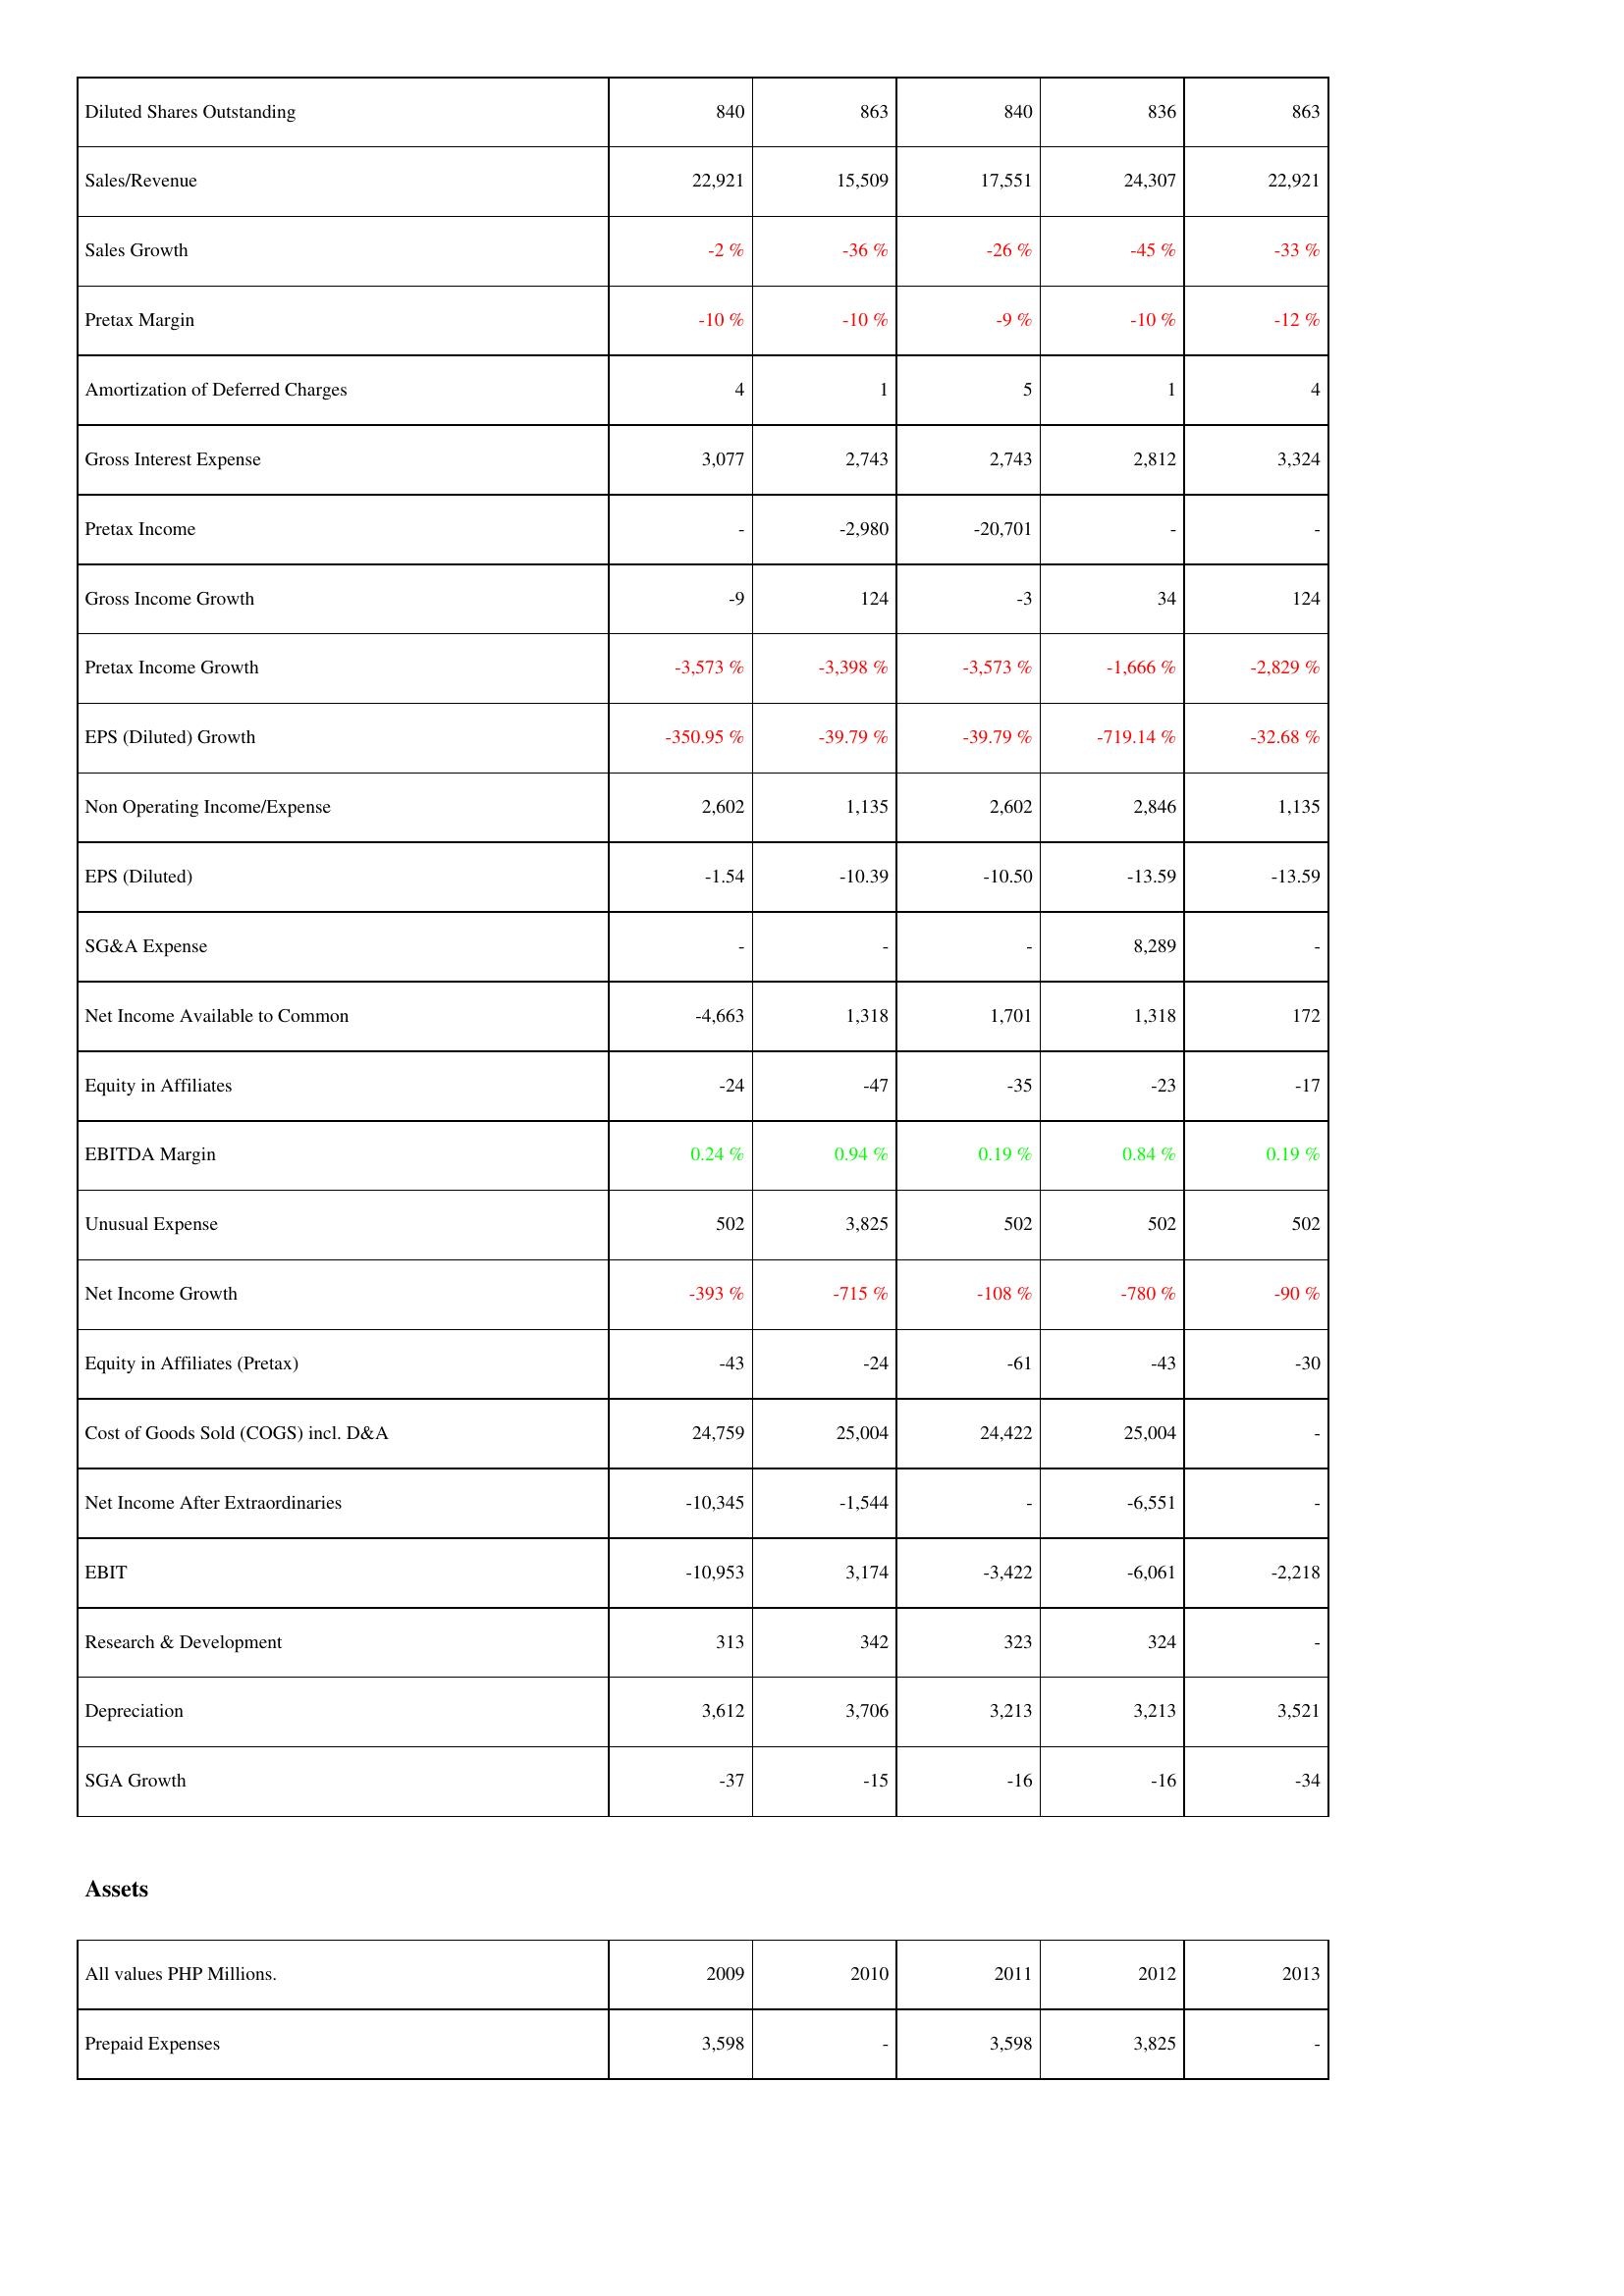
2009: Income Statement: Diluted Shares Outstanding: 840
Sales/Revenue: 22,921
Sales Growth: -2 %
Pretax Margin: -10 %
Amortization of Deferred Charges: 4
Gross Interest Expense: 3,077
Pretax Income: -
Gross Income Growth: -9
Pretax Income Growth: -3,573 %
EPS (Diluted) Growth: -350.95 %
Non Operating Income/Expense: 2,602
EPS (Diluted): -1.54
SG&A Expense: -
Net Income Available to Common: -4,663
Equity in Affiliates: -24
EBITDA Margin: 0.24 %
Unusual Expense: 502
Net Income Growth: -393 %
Equity in Affiliates (Pretax): -43
Cost of Goods Sold (COGS) incl. D&A: 24,759
Net Income After Extraordinaries: -10,345
EBIT: -10,953
Research & Development: 313
Depreciation: 3,612
SGA Growth: -37
Assets: Prepaid Expenses: 3,598
2010: Income Statement: Diluted Shares Outstanding: 863
Sales/Revenue: 15,509
Sales Growth: -36 %
Pretax Margin: -10 %
Amortization of Deferred Charges: 1
Gross Interest Expense: 2,743
Pretax Income: -2,980
Gross Income Growth: 124
Pretax Income Growth: -3,398 %
EPS (Diluted) Growth: -39.79 %
Non Operating Income/Expense: 1,135
EPS (Diluted): -10.39
SG&A Expense: -
Net Income Available to Common: 1,318
Equity in Affiliates: -47
EBITDA Margin: 0.94 %
Unusual Expense: 3,825
Net Income Growth: -715 %
Equity in Affiliates (Pretax): -24
Cost of Goods Sold (COGS) incl. D&A: 25,004
Net Income After Extraordinaries: -1,544
EBIT: 3,174
Research & Development: 342
Depreciation: 3,706
SGA Growth: -15
Assets: Prepaid Expenses: -
2011: Income Statement: Diluted Shares Outstanding: 840
Sales/Revenue: 17,551
Sales Growth: -26 %
Pretax Margin: -9 %
Amortization of Deferred Charges: 5
Gross Interest Expense: 2,743
Pretax Income: -20,701
Gross Income Growth: -3
Pretax Income Growth: -3,573 %
EPS (Diluted) Growth: -39.79 %
Non Operating Income/Expense: 2,602
EPS (Diluted): -10.50
SG&A Expense: -
Net Income Available to Common: 1,701
Equity in Affiliates: -35
EBITDA Margin: 0.19 %
Unusual Expense: 502
Net Income Growth: -108 %
Equity in Affiliates (Pretax): -61
Cost of Goods Sold (COGS) incl. D&A: 24,422
Net Income After Extraordinaries: -
EBIT: -3,422
Research & Development: 323
Depreciation: 3,213
SGA Growth: -16
Assets: Prepaid Expenses: 3,598
2012: Income Statement: Diluted Shares Outstanding: 836
Sales/Revenue: 24,307
Sales Growth: -45 %
Pretax Margin: -10 %
Amortization of Deferred Charges: 1
Gross Interest Expense: 2,812
Pretax Income: -
Gross Income Growth: 34
Pretax Income Growth: -1,666 %
EPS (Diluted) Growth: -719.14 %
Non Operating Income/Expense: 2,846
EPS (Diluted): -13.59
SG&A Expense: 8,289
Net Income Available to Common: 1,318
Equity in Affiliates: -23
EBITDA Margin: 0.84 %
Unusual Expense: 502
Net Income Growth: -780 %
Equity in Affiliates (Pretax): -43
Cost of Goods Sold (COGS) incl. D&A: 25,004
Net Income After Extraordinaries: -6,551
EBIT: -6,061
Research & Development: 324
Depreciation: 3,213
SGA Growth: -16
Assets: Prepaid Expenses: 3,825
2013: Income Statement: Diluted Shares Outstanding: 863
Sales/Revenue: 22,921
Sales Growth: -33 %
Pretax Margin: -12 %
Amortization of Deferred Charges: 4
Gross Interest Expense: 3,324
Pretax Income: -
Gross Income Growth: 124
Pretax Income Growth: -2,829 %
EPS (Diluted) Growth: -32.68 %
Non Operating Income/Expense: 1,135
EPS (Diluted): -13.59
SG&A Expense: -
Net Income Available to Common: 172
Equity in Affiliates: -17
EBITDA Margin: 0.19 %
Unusual Expense: 502
Net Income Growth: -90 %
Equity in Affiliates (Pretax): -30
Cost of Goods Sold (COGS) incl. D&A: -
Net Income After Extraordinaries: -
EBIT: -2,218
Research & Development: -
Depreciation: 3,521
SGA Growth: -34
Assets: Prepaid Expenses: -